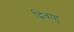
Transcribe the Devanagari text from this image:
द्विबाहु